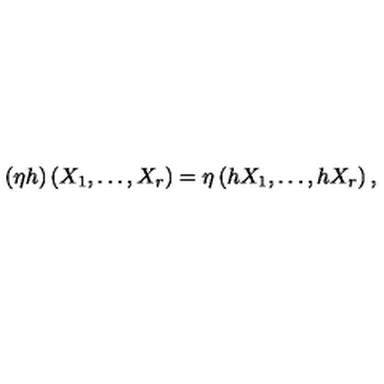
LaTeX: ( \eta h ) \left( X _ { 1 } , \dots , X _ { r } \right) = \eta \left( h X _ { 1 } , \dots , h X _ { r } \right) ,